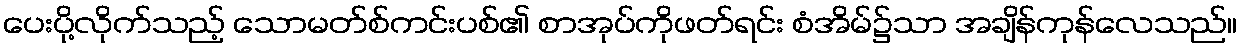
ပေးပို့လိုက်သည့် သောမတ်စ်ကင်းပစ်၏ စာအုပ်ကိုဖတ်ရင်း စံအိမ်၌သာ အချိန်ကုန်လေသည်။